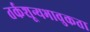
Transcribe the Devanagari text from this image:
तर्कशून्यभावुकता